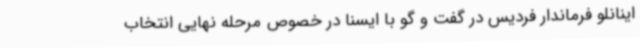
اینانلو فرماندار فردیس در گفت و گو با ایسنا در خصوص مرحله نهایی انتخاب